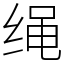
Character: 绳